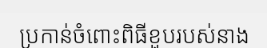
ប្រកាន់ចំពោះពិធីខួបរបស់នាង